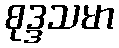
စုဒ္ဒသမာ